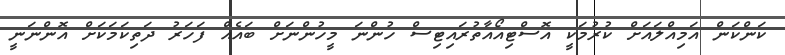
ކަންކަން އަމިއްލައަށް ކުރުމަކީ އޮސްޓިއޯއާތުރައިޓިސް ހުންނަ މީހުންނަށް ބައެއް ފަހަރު ދަތިކަމަކަށް އޮންނަނީ